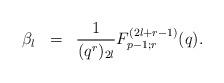
LaTeX: \begin{align*}\begin{array}{rcl}\beta_l & = & \displaystyle\frac{1}{(q^{r})_{2l}} F^{(2l+r-1)}_{p-1;r}(q).\end{array}\end{align*}